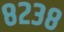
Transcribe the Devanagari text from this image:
८२३८